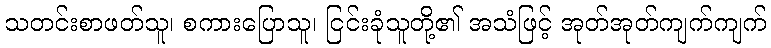
သတင်းစာဖတ်သူ၊ စကားပြောသူ၊ ငြင်းခုံသူတို့၏ အသံဖြင့် အုတ်အုတ်ကျက်ကျက်